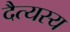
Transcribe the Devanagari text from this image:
दैत्यस्य